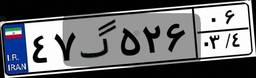
۴۷گ۵۲۶۰۶